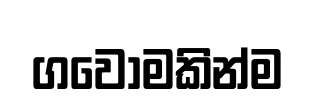
ගවොමකින්ම